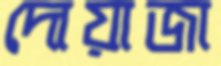
দোয়াজা